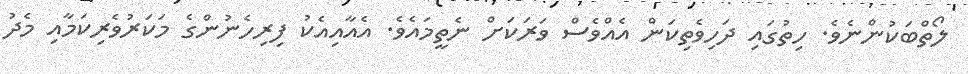
ލޯތްބަކުންނެވެ. ހިތުގައި ދަހިވެތިކަން އެއްވެސް ވަރަކަށް ނެތީމައެވެ. އެއާއިއެކު ފިރިހެނުންގެ މަކަރުވެރިކަމާއި މެދު